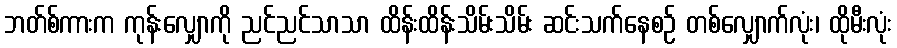
ဘတ်စ်ကားက ကုန်းလျှောကို ညင်ညင်သာသာ ထိန်းထိန်းသိမ်းသိမ်း ဆင်းသက်နေစဉ် တစ်လျှောက်လုံး၊ ထိုမီးလုံး